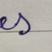
Signature authenticity: forged